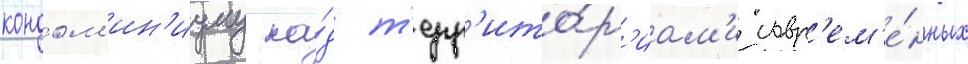
кондом'ин'иуму на́д т'ерр'ито́р'иам'и совр'ем'е́нных